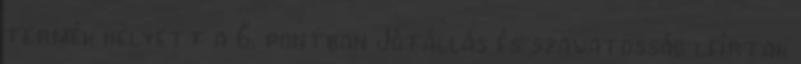
termék helyett a 6. pontban Jótállás és szavatosság leírtak